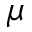
\mu